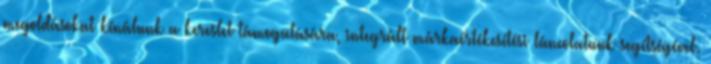
megoldásokat kínálunk a kereslet támogatására, integrált márkaértékesítési láncolatunk segítségével.